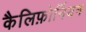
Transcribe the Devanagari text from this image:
कैलिफ़ोर्नियन